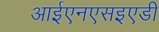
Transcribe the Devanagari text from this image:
आईएनएसइएडी